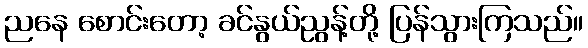
ညနေ စောင်းတော့ ခင်နွယ်ညွန့်တို့ ပြန်သွားကြသည်။